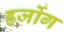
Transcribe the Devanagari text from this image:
हर्जोग